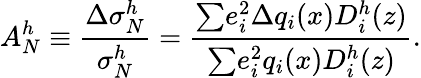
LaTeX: A_{N}^{h}\equiv\frac{{\Delta}{\sigma}_{N}^{h}}{{\sigma}_{N}^{h}}=\frac{{\sum}e_{i}^{2}{{\Delta}q_{i}(x)}D_{i}^{h}(z)}{{\sum}e_{i}^{2}q_{i}(x)D_{i}^{h}(z)}.